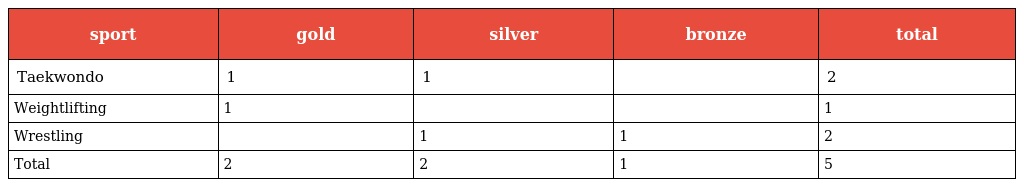
| sport | gold | silver | bronze | total |
 | --- | --- | --- | --- | --- |
 | Taekwondo | 1 | 1 |  | 2 |
 | Weightlifting | 1 |  |  | 1 |
 | Wrestling |  | 1 | 1 | 2 |
 | Total | 2 | 2 | 1 | 5 |